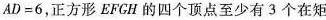
$$A D = 6$$，正方形EFCH的四个顶点至少有3个在矩